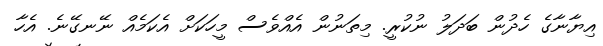
އިޔާނާގެ ހެދުން ބަދަލު ނުކުރީ. މިތަނުން އެއްވެސް މީހަކަށް އެކަމެއް ނޭނގޭނެ. އެހާ